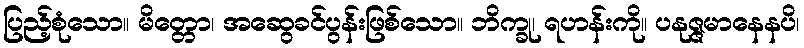
ပြည့်စုံသော။ မိတ္တော၊ အဆွေခင်ပွန်းဖြစ်သော။ ဘိက္ခု၊ ရဟန်းကို။ ပနုဇ္ဇမာနေနပိ၊